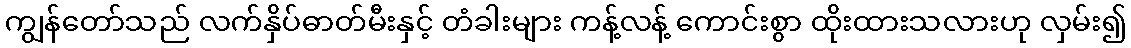
ကျွန်တော်သည် လက်နှိပ်ဓာတ်မီးနှင့် တံခါးများ ကန့်လန့် ကောင်းစွာ ထိုးထားသလားဟု လှမ်း၍